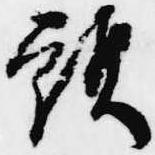
頭